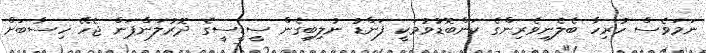
ނަމަވެސް ހުރިހާ ބެލެނިވެރިންގެ ކަންބޮޑުވުމަކީ ފަންޑު ނުލިބިގެން ސީޑީސީގެ ދޮރުލަންޕަން ޖެހޭ ހިސާބަށް